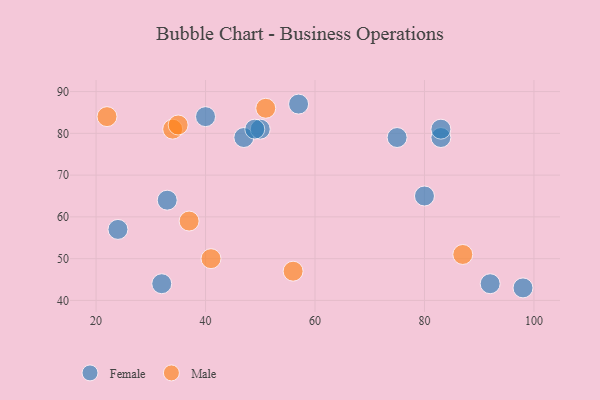
{"axis": {"x": "GDP", "y": "Life Expectancy"}, "legend": ["Female", "Male"], "data": [{"x": "40", "y": 84, "type": "Female"}, {"x": "57", "y": 87, "type": "Female"}, {"x": "83", "y": 79, "type": "Female"}, {"x": "32", "y": 44, "type": "Female"}, {"x": "47", "y": 79, "type": "Female"}, {"x": "80", "y": 65, "type": "Female"}, {"x": "50", "y": 81, "type": "Female"}, {"x": "83", "y": 81, "type": "Female"}, {"x": "49", "y": 81, "type": "Female"}, {"x": "92", "y": 44, "type": "Female"}, {"x": "33", "y": 64, "type": "Female"}, {"x": "98", "y": 43, "type": "Female"}, {"x": "75", "y": 79, "type": "Female"}, {"x": "24", "y": 57, "type": "Female"}, {"x": "34", "y": 81, "type": "Male"}, {"x": "87", "y": 51, "type": "Male"}, {"x": "51", "y": 86, "type": "Male"}, {"x": "41", "y": 50, "type": "Male"}, {"x": "56", "y": 47, "type": "Male"}, {"x": "22", "y": 84, "type": "Male"}, {"x": "35", "y": 82, "type": "Male"}, {"x": "37", "y": 59, "type": "Male"}]}